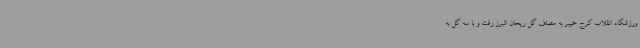
ورزشگاه انقلاب کرج خیبر به مصاف گل ریحان البرز رفت و با سه گل به